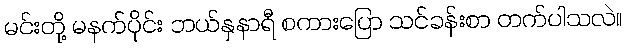
မင်းတို့ မနက်ပိုင်း ဘယ်နှနာရီ စကားပြော သင်ခန်းစာ တက်ပါသလဲ။